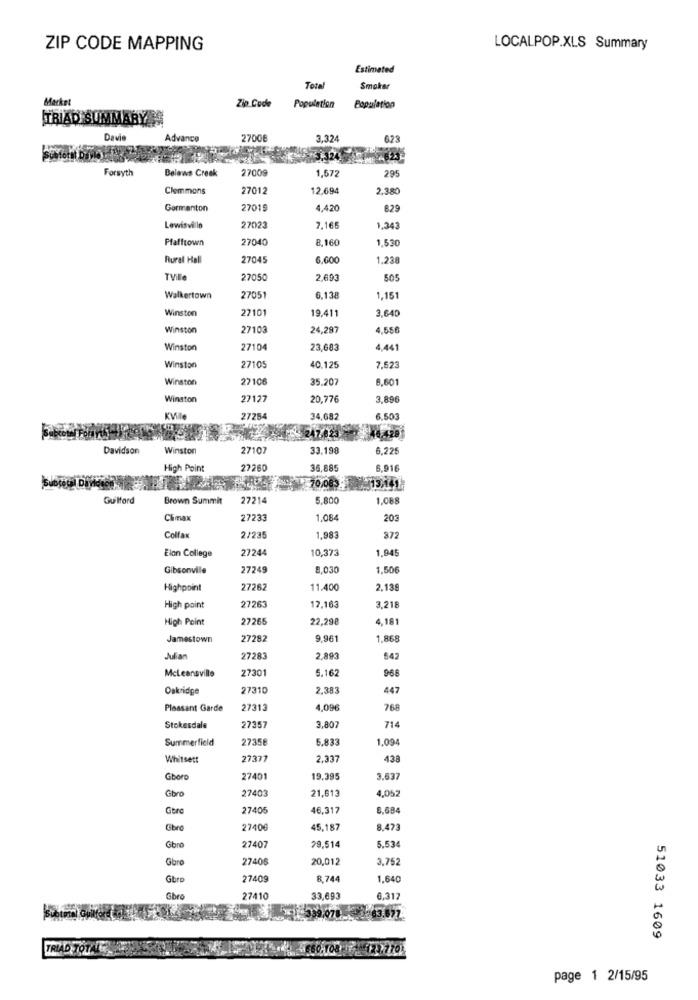
ZIP CODE MAPPING
LOCALPOP.XLS Summary
Estimated
Total
Smaker
Market
Zip Code
Population
Population
TRIAD SUMMARY
Davis
Advance
2700E
3.324
623
3.324
Forsyth
Belaws Creek
27009
295
1,672
Clemmons
27012
12,694
2.380
Gormanton
27019
4,420
8.29
Lewisville
27023
7,165
1.343
Pfafftown
27040
8,160
1.530
Rural Hall
27045
6.600
1.238
TVille
27050
2,693
505
Walkertown
27051
6,138
1,151
Winston
27101
19.411
3,64
Winston
27103
24,297
4,55
Winston
27104
23,683
4.441
Winston
27105
40,125
7,523
Winston
27106
35.207
8,601
Winston
27127
20,776
3,896
27254
34,682
6.501
247.023 - 46.428
Davidson
Winston
27107
33.198
5.225
High Point
22260
36.885
6.916
70,08
13,441
Guilford
Brown Summit
27214
5,800
1.08
Chmax
27233
1.084
203
Colfax
2/235
1,983
372
Elon College
27244
10,373
1.945
Gibsonville
27249
8,030
1,50€
Highpoint
27262
11.400
2,13
High point
27263
17,163
3,218
High Point
27265
22,298
4,181
Jamestown
27282
9.961
1,868
Julian
27283
2,893
542
Mcleansville
27301
5.162
968
Oakridge
27310
2.383
447
Pleasant Garde
27313
4,096
768
Stokesdale
27357
3,807
714
Summerfield
27358
5.833
1,094
Whitsett
27377
2.337
438
Gboro
27401
19,395
3.637
Gbro
27403
21,613
4,052
Gtra
27405
46,317
8,684
Gbro
27406
45,187
8.473
Gbro
27407
29.514
5.534
Guro
27406
20,012
3,752
Gbro
27409
8,744
1.640
Gbro
27410
33,693
6.317
9.078
63.677.
51033 1609
TRIAL
page 1 2/15/95